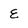
Character: e